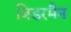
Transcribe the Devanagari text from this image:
बिडरमैन